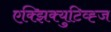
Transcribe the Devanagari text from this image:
एक्झिक्युटिव्ह्ज